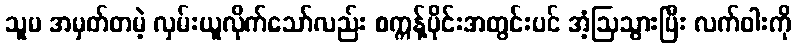
သူမ အမှတ်တမဲ့ လှမ်းယူလိုက်သော်လည်း စက္ကန့်ပိုင်းအတွင်းပင် အံ့ဩသွားပြီး လက်ဝါးကို